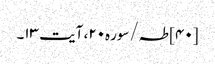
[۴۰] طہ/سوره۲۰، آیت ۱۳۔